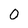
Character: 0